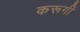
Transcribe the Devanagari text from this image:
करूगीं